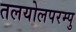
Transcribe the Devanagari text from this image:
तलयोलपरम्पु